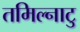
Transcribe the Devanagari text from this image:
तमिल्नाटु